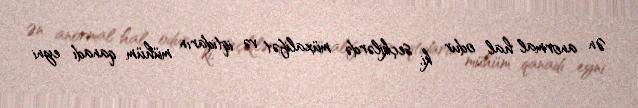
Ən anormal hal odur ki, seçkilərdə müxalifət və iqtidarın mühüm qanadı eyni